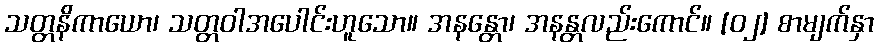
သတ္တနိကာယော၊ သတ္တဝါအပေါင်းဟူသော။ အနန္တော၊ အနန္တလည်းကောင်။ [၀၂] စာမျက်နှာ